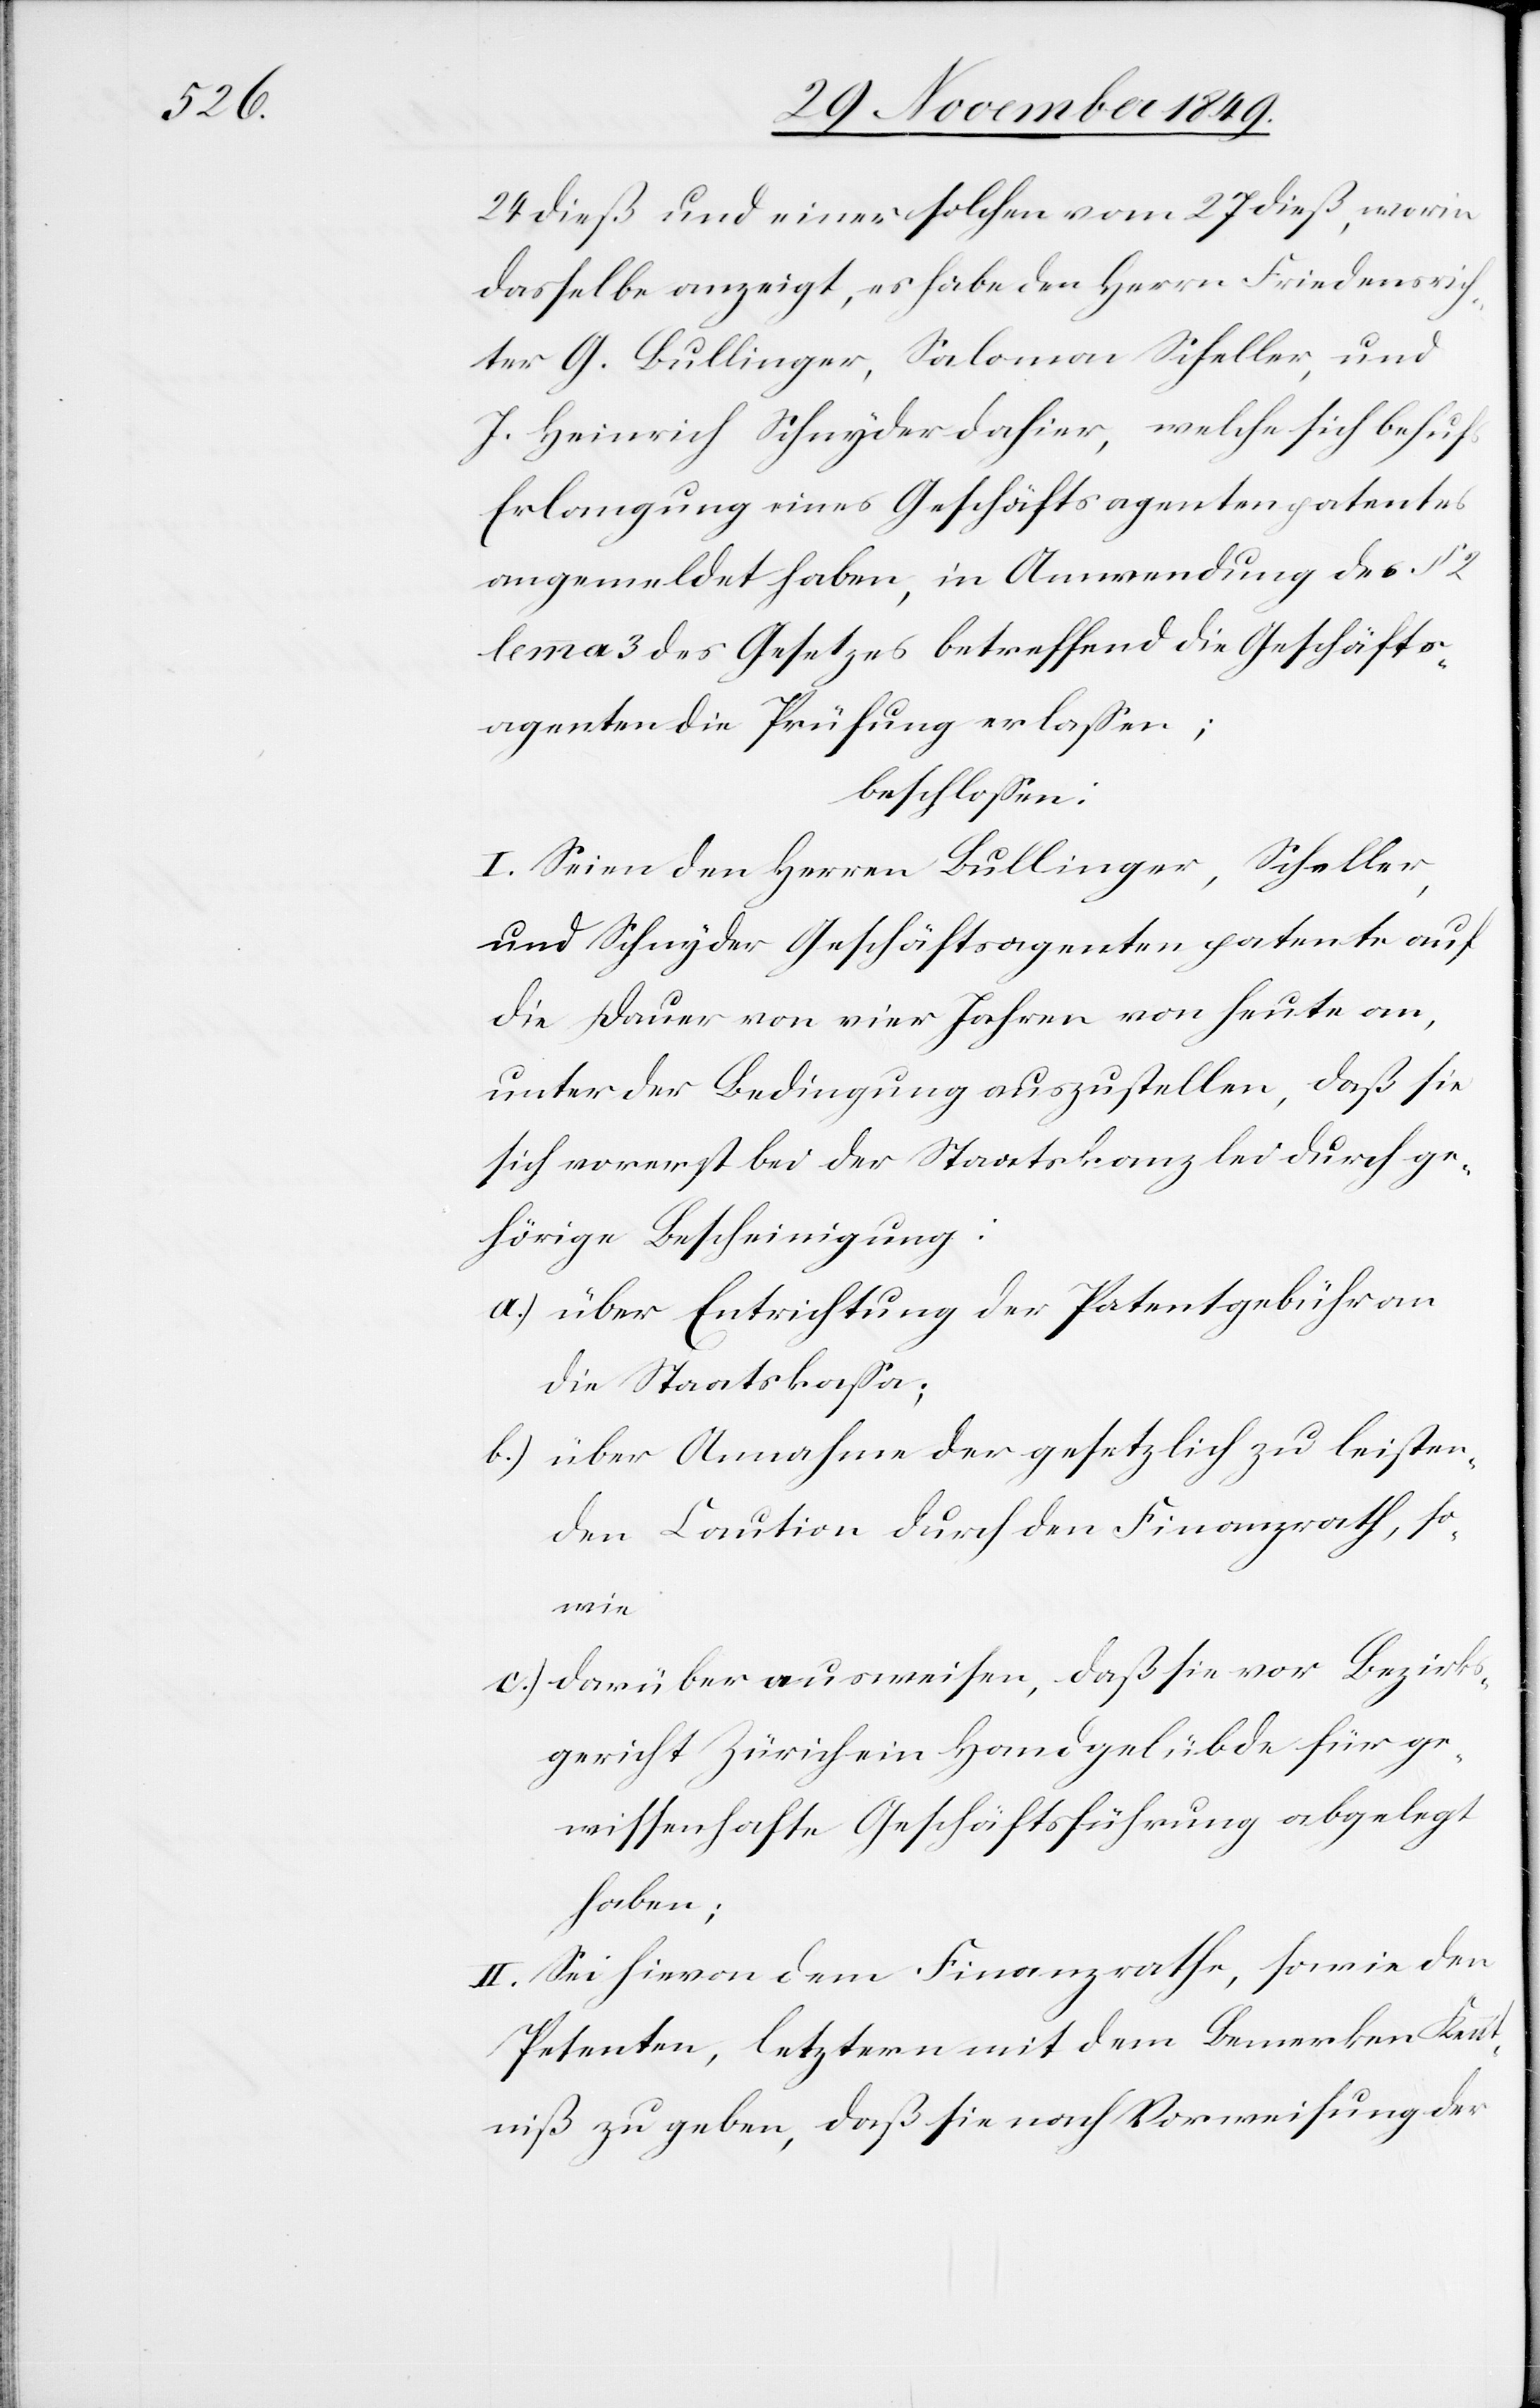
24 dieß und einer solchen vom 27 dieß, worin
dasselbe anzeigt, es habe den Herrn Friedensrich¬
ter G. Bullinger, Salomon Scheller, und
J. Heinrich Schnyder dahier, welche sich behufs
Erlangung eines Geschäftsagentenpatentes
angemeldet haben, in Anwendung des § 2
lemma 3 des Gesetzes betreffend die Geschäfts¬
agenten die Prüfung erlaßen;
beschloßen:
I. Seien den Herren Bullinger, Scheller,
und Schnyder Geschäftsagentenpatente auf
die Dauer von vier Jahren von heute an,
unter der Bedingung auszustellen, daß sie
sich vorerst bei der Staatskanzlei durch ge¬
hörige Bescheinigung:
a) über Entrichtung der Patentgebühr an
die Staatskaßa;
b.) über Annahme der gesetzlich zu leisten¬
den Caution durch den Finanzrath, so¬
wie
c.) darüber auszuweisen, daß sie vor Bezirks¬
gericht Zürich ein Handgelübde für ge¬
wißenhafte Geschäftsführung abgelegt
haben;
II. Sei hievon dem Finanzrathe, sowie den
Petenten, letztern mit dem Bemerken Kennt¬
niß zu geben, daß sie nach Vorweisung der